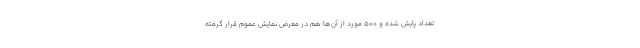
تعداد پایش شده و ۵۰۰ مورد از آن‌ها هم در معرض نمایش عموم قرار گرفته